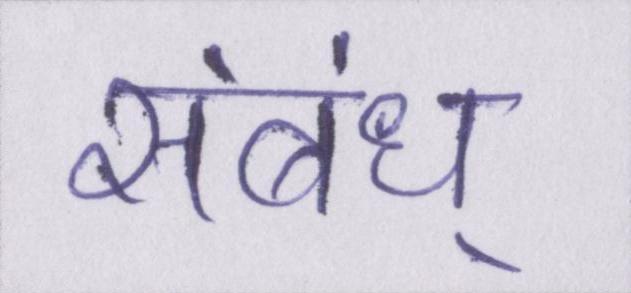
संबंध्